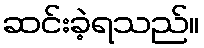
ဆင်းခဲ့ရသည်။